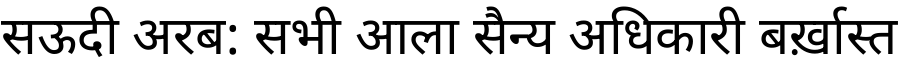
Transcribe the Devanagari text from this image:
सऊदी अरब: सभी आला सैन्य अधिकारी बर्ख़ास्त